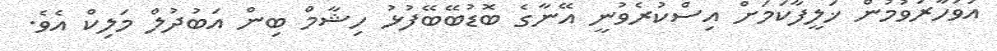
އަވަހާރަވުމުން ޚަލީފާކަމަށް އިސްކުރެވުނީ އޭނާގެ ބޮޑުބޭބޭފުޅު ހިޝާމް ބިން އަބުދުލް މަލިކް އެވެ.